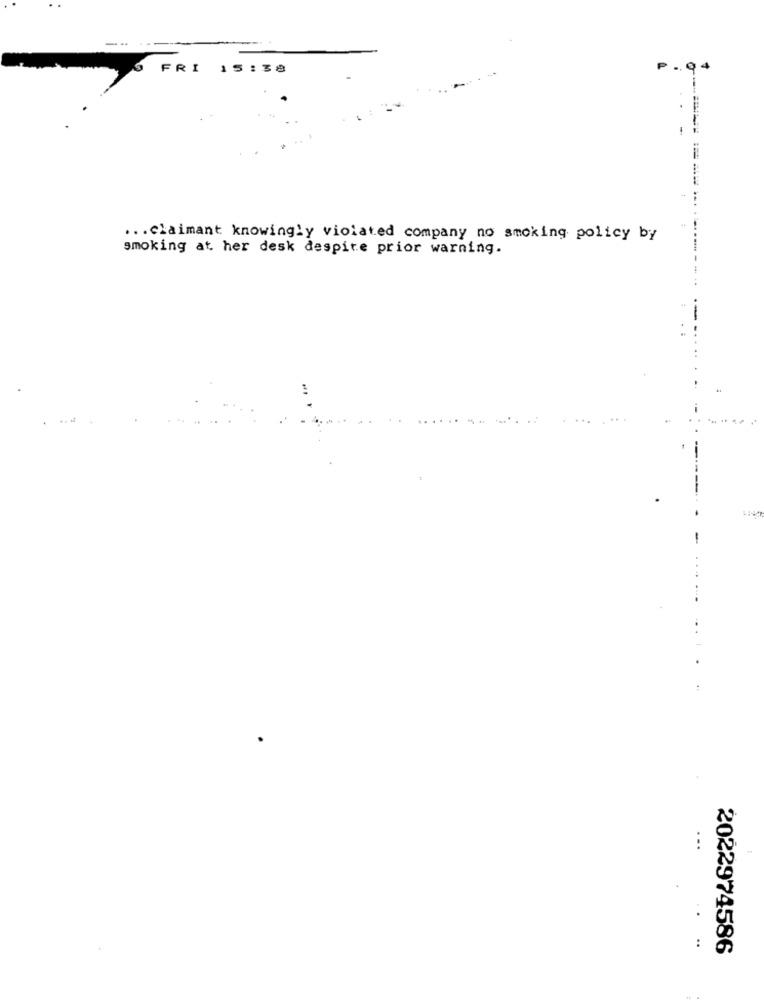
FRI
15:38
P
... claimant knowingly violated company no smoking policy by
smoking at her desk despite prior warning.
--
2022974586